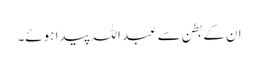
ان کے بطن سے عبد اللہ پیدا ہوئے۔